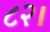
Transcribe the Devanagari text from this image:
८२।